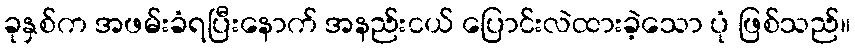
ခုနှစ်က အဖမ်းခံရပြီးနောက် အနည်းငယ် ပြောင်းလဲထားခဲ့သော ပုံ ဖြစ်သည်။